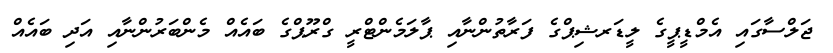
ޖަލްސާގައި އެމްޑީޕީގެ ލީޑަރޝިޕްގެ ފަރާތުންނާއި ޕާލަމެންޓްރީ ގްރޫޕްގެ ބައެއް މެންބަރުންނާއި އަދި ބައެއް